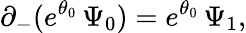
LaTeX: \partial_{-}(e^{\theta_{0}}\, \Psi_{0})=e^{\theta_{0}}\, \Psi_{1},